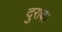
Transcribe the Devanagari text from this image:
दुराव।